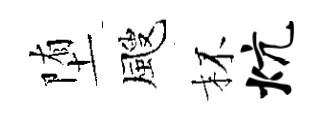
堕颼杯炕